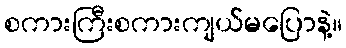
စကားကြီးစကားကျယ်မပြောနဲ့။